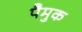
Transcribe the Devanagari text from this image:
पैमुक